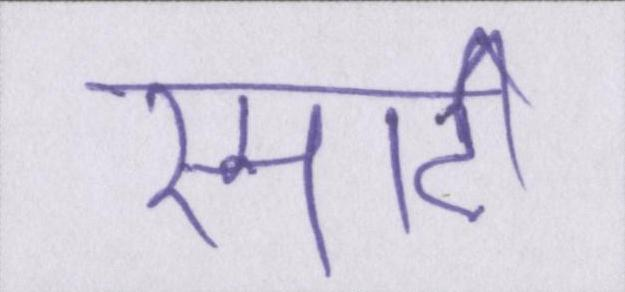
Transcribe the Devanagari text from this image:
स्मार्ट